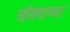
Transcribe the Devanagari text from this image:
खोक्याच्या